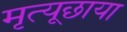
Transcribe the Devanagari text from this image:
मृत्यूछाया